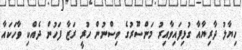
ހިޔާލު ދާރިޔާއާ ގުޅިފައިވާއިރު މަންސޫރުގެ ވިސްނުން ހުރީ ރަޒާ ފަހުން ދެއްކި ވާހަކައާ